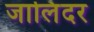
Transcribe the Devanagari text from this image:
जालिंदर